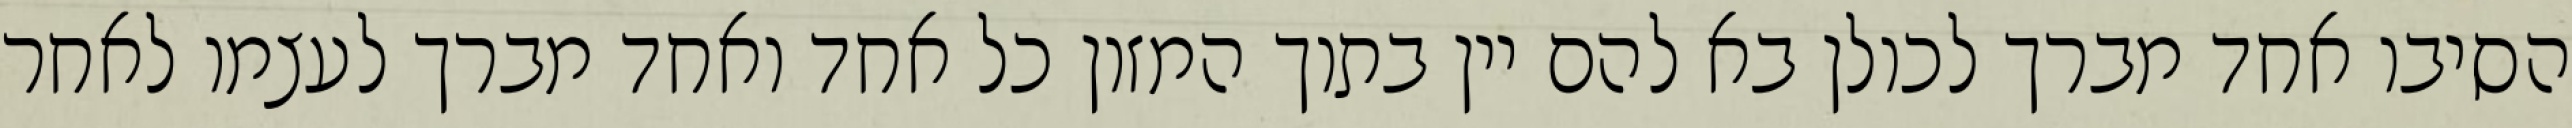
הסיבו אחד מברך לכולן בא להם יין בתוך המזון כל אחד ואחד מברך לעצמו לאחר